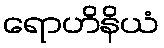
ရောဟိနိယံ